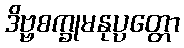
ဒိဗ္ဗစက္ခုမနုပ္ပတ္တော